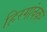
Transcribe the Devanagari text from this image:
हिरगांवकर